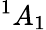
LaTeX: {}^{1}A_{1}